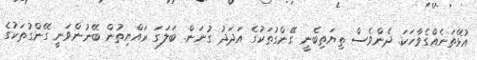
އުޅޭތަނެއްގެވާހަކަ. ދެންވެސް ތިޔަތިބެނީ ގޭންގުތަކުގެ އަދަދު ގުނަން. ބަލަގަ ރައްޔިތުން ބޭނުންވަނީ ގޭންގުތަކުގެ